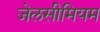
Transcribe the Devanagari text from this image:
जेलसीमियम